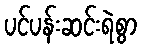
ပင်ပန်းဆင်းရဲစွာ